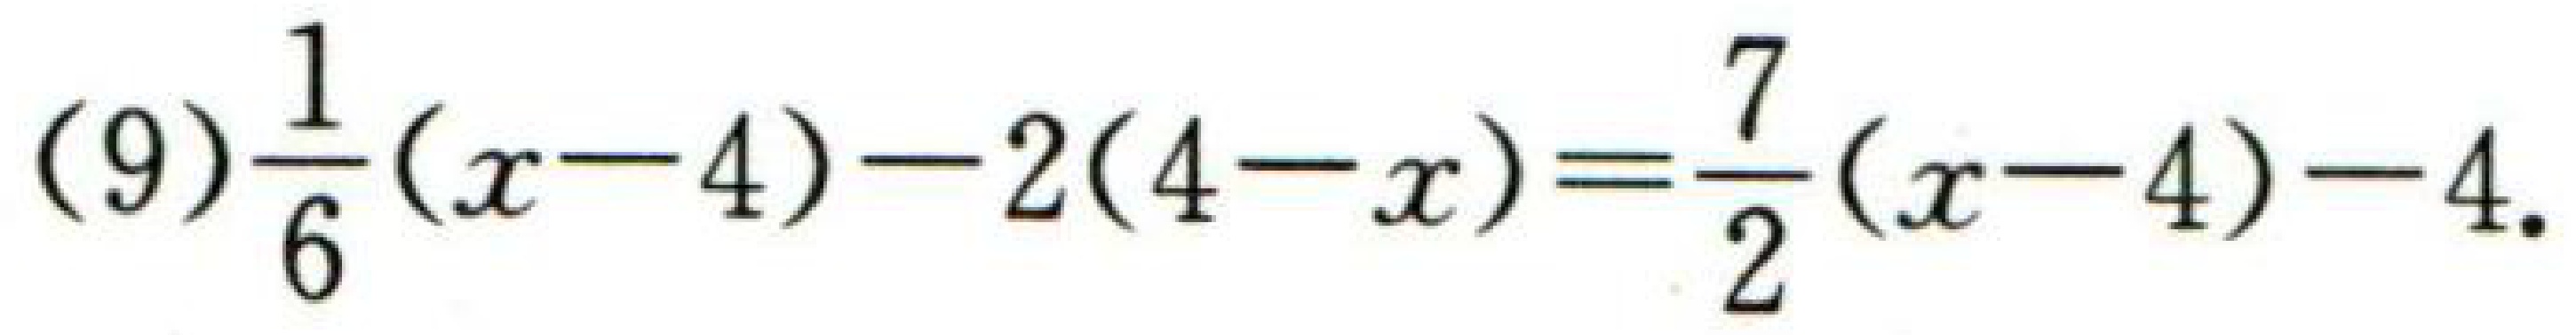
(9)$$\frac{1}{6}(x - 4)-2(4 - x)=\frac{7}{2}(x - 4)-4.$$